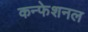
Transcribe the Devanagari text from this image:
कन्फेशनल